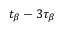
t _ { \beta } - 3 \tau _ { \beta }